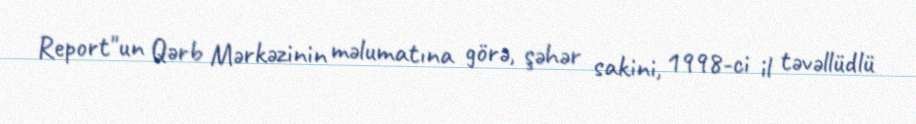
Report"un Qərb Mərkəzinin məlumatına görə, şəhər sakini, 1998-ci il təvəllüdlü